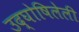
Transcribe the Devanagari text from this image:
उद्‌घोषिलेली